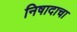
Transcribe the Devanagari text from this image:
निषादाचा